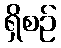
ရှိစဉ်